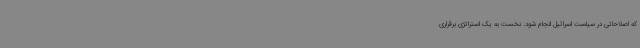
که اصلاحاتی در سیاست اسرائیل انجام شود. نخست به یک استراتژی برقراری